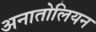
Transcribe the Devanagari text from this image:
अनातोलियन